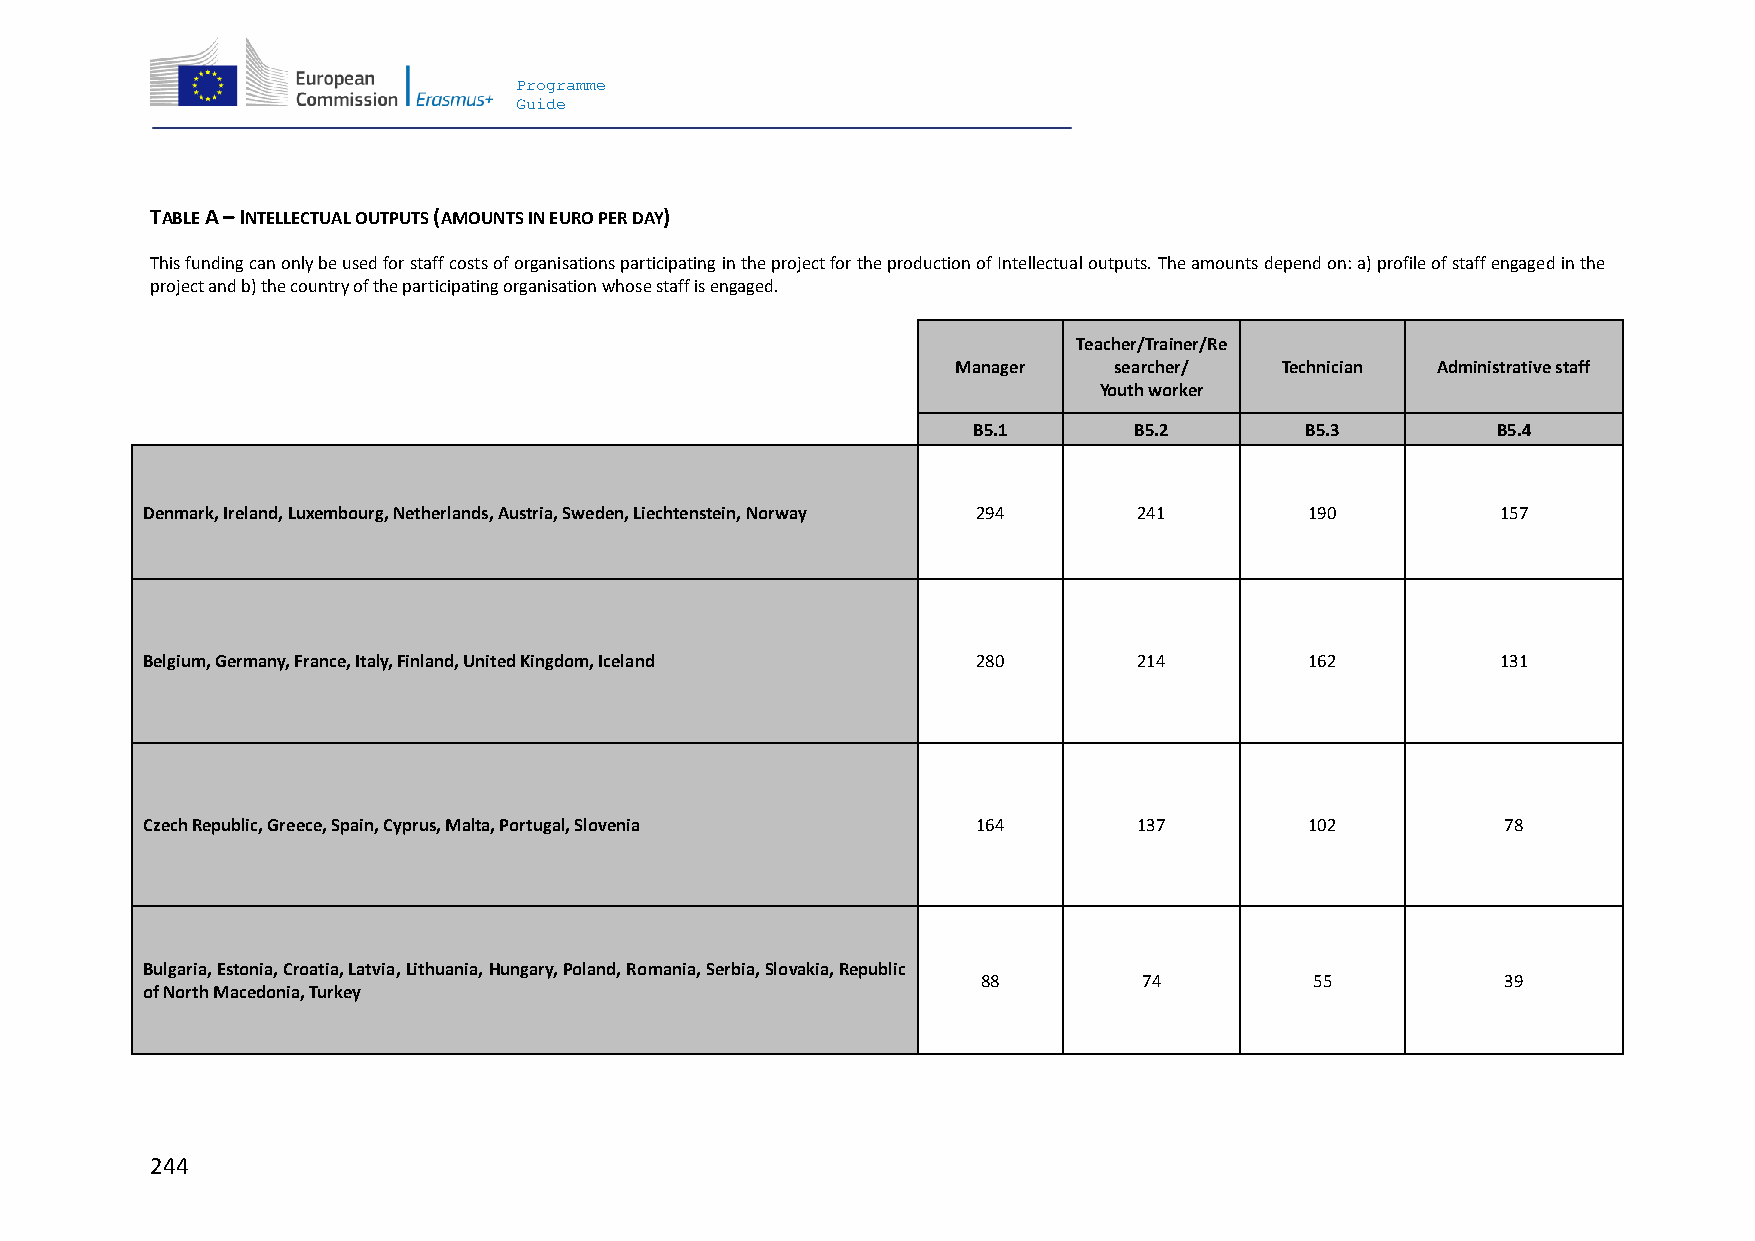
Programme
 Guide
 TABLE A – INTELLECTUAL OUTPUTS (AMOUNTS IN EURO PER DAY)
 This funding can only be used for staff costs of organisations participating in the project for the production of Intellectual outputs. The amounts depend on: a) profile of staff engaged in the
 project and b) the country of the participating organisation whose staff is engaged.
 Teacher/Trainer/Re
 Manager    searcher/  Technician Administrative staff
 Youth worker
 B5.1       B5.2       B5.3         B5.4
 Denmark, Ireland, Luxembourg, Netherlands, Austria, Sweden, Liechtenstein, Norway 294 241 190 157
 Belgium, Germany, France, Italy, Finland, United Kingdom, Iceland 280 214     162         131
 Czech Republic, Greece, Spain, Cyprus, Malta, Portugal, Slovenia 164 137      102          78
 Bulgaria, Estonia, Croatia, Latvia, Lithuania, Hungary, Poland, Romania, Serbia, Slovakia, Republic
 88         74         55           39
 of North Macedonia, Turkey
 244